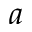
a